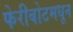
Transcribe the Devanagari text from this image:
फेरीबोटमधून